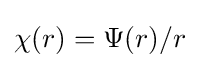
\chi (r)=\Psi (r)/r